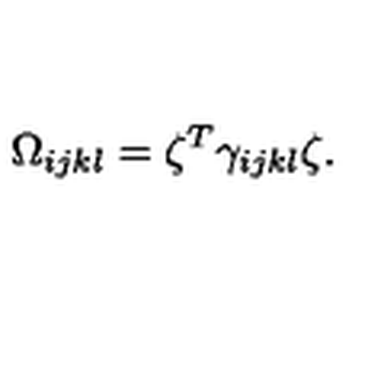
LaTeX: \Omega _ { i j k l } = \zeta ^ { T } \gamma _ { i j k l } \zeta .